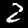
Digit: 2